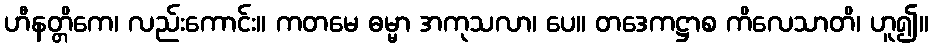
ဟီနတ္တိကေ၊ လည်းကောင်း။ ကတမေ ဓမ္မာ အကုသလာ၊ ပေ။ တဒေကဋ္ဌာစ ကိလေသာတိ၊ ဟူ၍။